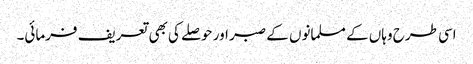
اسی طرح وہاں کے مسلمانوں کے صبر اور حوصلے کی بھی تعریف فرمائی۔